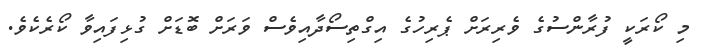
މި ކޯރަކީ ފުރާންސުގެ ވެރިރަށް ޕެރިހުގެ އިގްތިސޯދާއިވެސް ވަރަށް ބޮޑަށް ގުޅިފައިވާ ކޯރެކެވެ.